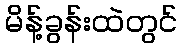
မိန့်ခွန်းထဲတွင်